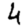
Digit: 4